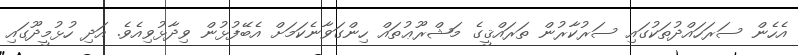
އެހެން ސަރަހައްދުތަކުގައި ސަރުކާރުން ތަރައްޤީގެ މަޝްރޫޢުތައް ހިންގަވާނެކަމަށް އެބޭފުޅުން ވިދާޅުވިއެވެ. އަދި ހުޅުމީދޫގައި